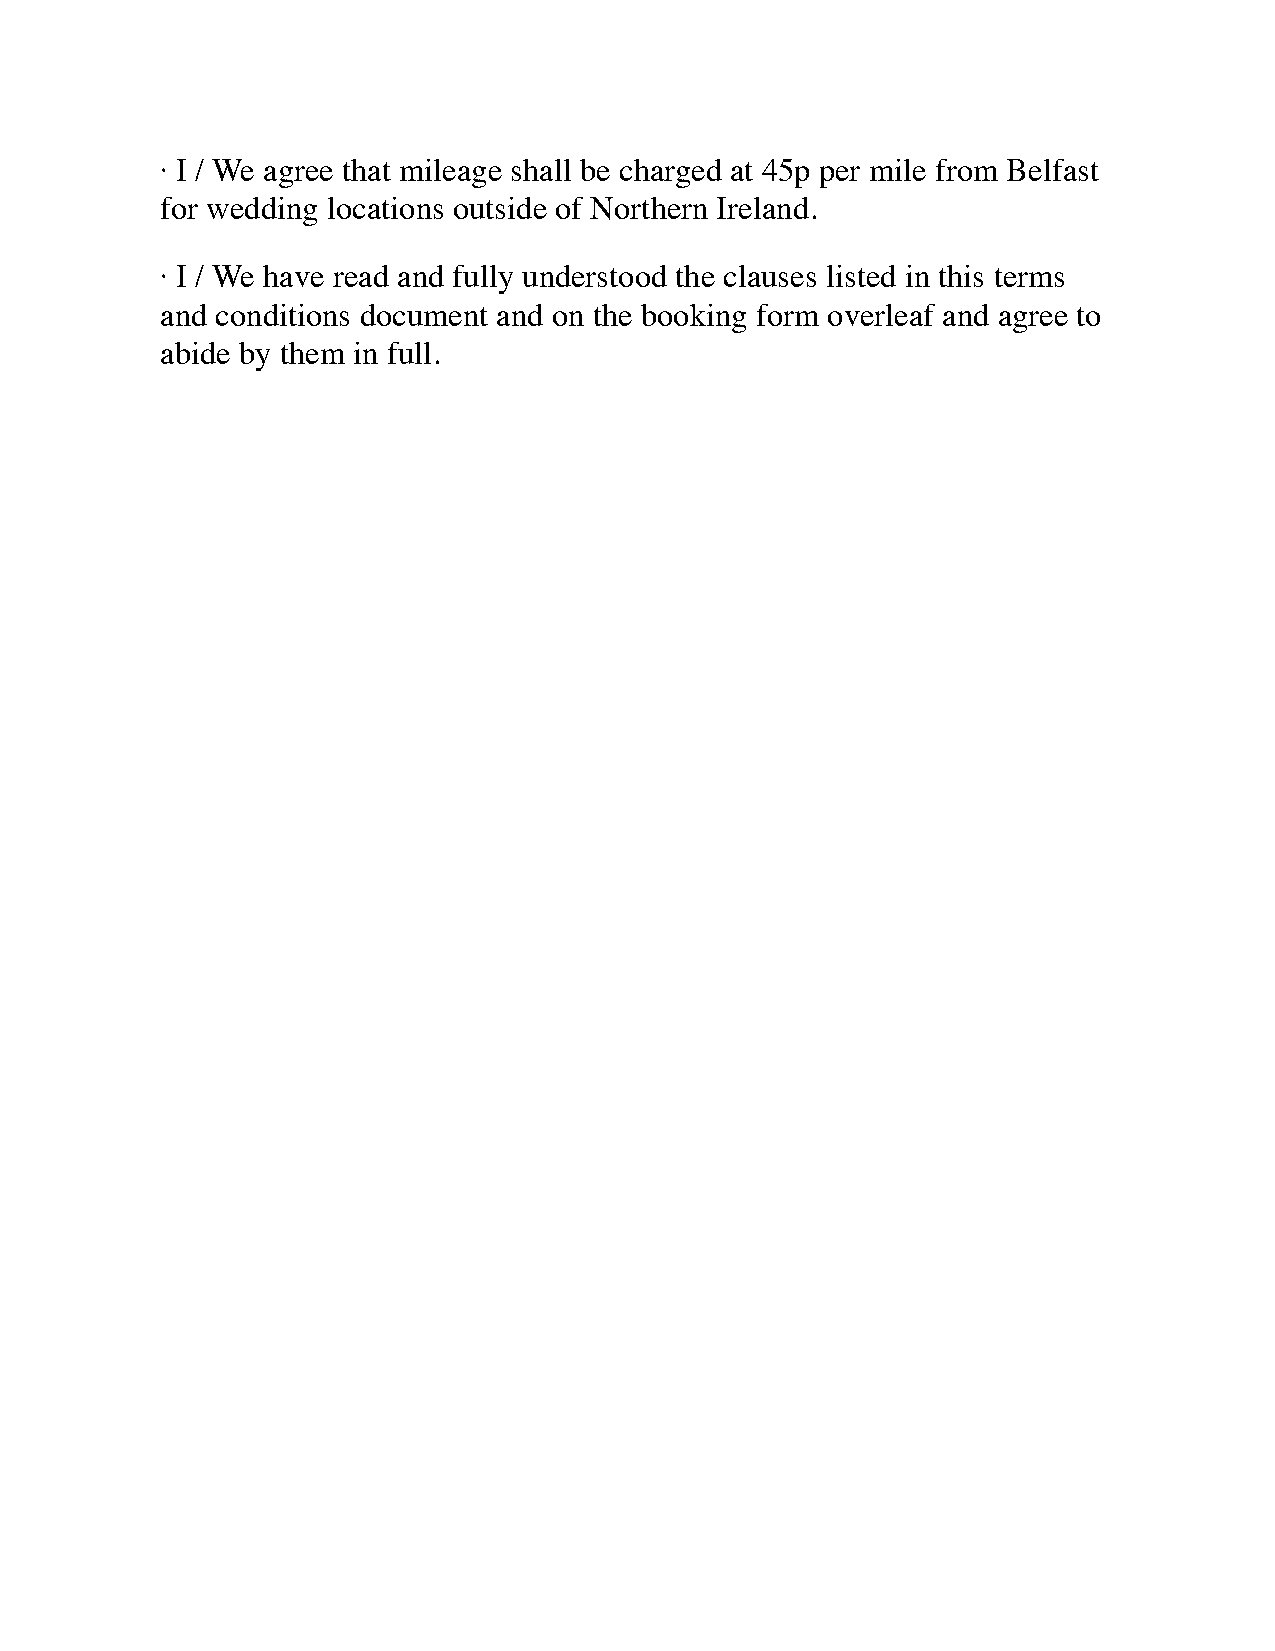
· I / We agree that mileage shall be charged at 45p per mile from Belfast
 for wedding locations outside of Northern Ireland.
 · I / We have read and fully understood the clauses listed in this terms
 and conditions document and on the booking form overleaf and agree to
 abide by them in full.